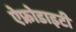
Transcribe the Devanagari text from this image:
ऐफ्रोडाइटी